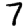
Digit: 7